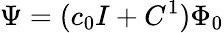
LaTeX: \Psi=(c_{0}I+C^{1})\Phi_{0}